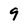
Character: 9